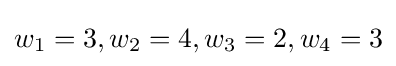
w_{1}=3,w_{2}=4,w_{3}=2,w_{4}=3